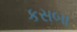
કસબા